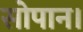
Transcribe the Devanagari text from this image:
सोपान।